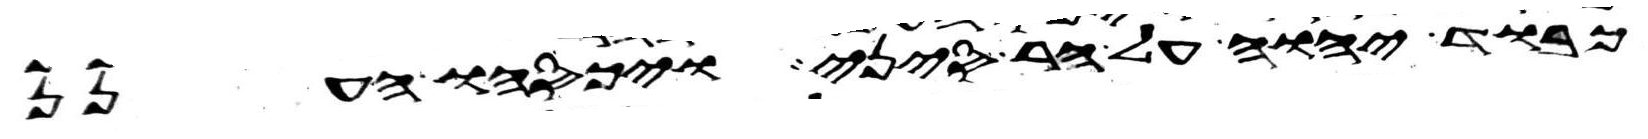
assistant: כבוד יהוה על הר סיני ויכסהו הענן